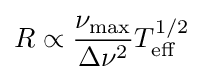
R\propto {\frac {\nu _{\mathrm {max} }}{\Delta \nu ^{2}}}T_{\mathrm {eff} }^{1/2}